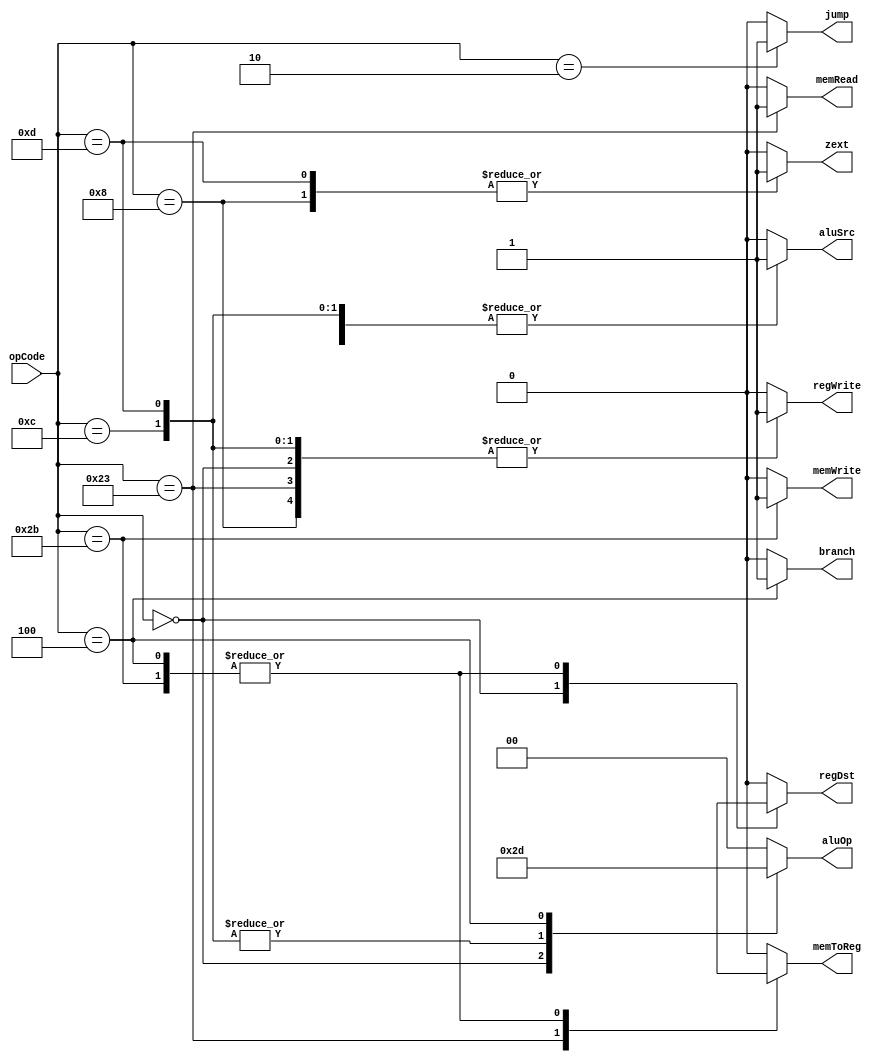
`timescale 1ns / 1ps
//////////////////////////////////////////////////////////////////////////////////
// Company: 
// Engineer: 
// 
// Design Name: 
// Module Name: Ctr
// Project Name: 
// Target Devices: 
// Tool Versions: 
// Description: 
// 
// Dependencies: 
// 
// Revision:
// Revision 0.01 - File Created
// Additional Comments:
// 
//////////////////////////////////////////////////////////////////////////////////


module Ctr(
    input [5:0] opCode,
    output reg regDst,
    output reg aluSrc,
    output reg memToReg,
    output reg regWrite,
    output reg memRead,
    output reg memWrite,
    output reg branch,
    output reg [1:0] aluOp,
    output reg jump,
    output reg zext//0
    );
    
    
    always @(opCode)
    begin
        case(opCode)
        6'b000000: //R type
        begin
            regDst = 1;
            aluSrc = 0;
            memToReg = 0;
            regWrite = 1;
            memRead = 0;
            memWrite = 0;
            branch = 0;
            aluOp = 2'b10;
            jump = 0;
            zext = 0;
        end
        
        6'b001000: //addi
        begin
            regDst = 0;
            aluSrc = 1;
            memToReg = 0;
            regWrite = 1;
            memRead = 0;
            memWrite = 0;
            branch = 0;
            aluOp = 2'b00;
            jump = 0;
            zext = 1;
        end
        
        6'b001100: //andi
        begin
            regDst = 0;
            aluSrc = 1;
            memToReg = 0;
            regWrite = 1;
            memRead = 0;
            memWrite = 0;
            branch = 0;
            aluOp = 2'b11;
            jump = 0;
            zext = 0;
        end
        
        6'b001101: //ori
        begin
            regDst = 0;
            aluSrc = 1;
            memToReg = 0;
            regWrite = 1;
            memRead = 0;
            memWrite = 0;
            branch = 0;
            aluOp = 2'b11;
            jump = 0;
            zext = 1;
        end
        
        6'b100011: //lw
        begin
            regDst = 0;
            aluSrc = 1;
            memToReg = 1;
            regWrite = 1;
            memRead = 1;
            memWrite = 0;
            branch = 0;
            aluOp = 2'b00;
            jump = 0;
            zext = 0;
        end
        
        6'b101011: //sw
        begin
            regDst = 1'bx;
            aluSrc = 1;
            memToReg = 1'bx;
            regWrite = 0;
            memRead = 0;
            memWrite = 1;
            branch = 0;
            aluOp = 2'b00;
            jump = 0;
            zext = 0;
        end
        
        6'b000100: //beq
        begin
            regDst = 1'bx;
            aluSrc = 0;
            memToReg = 1'bx;
            regWrite = 0;
            memRead = 0;
            memWrite = 0;
            branch = 1;
            aluOp = 2'b01;
            jump = 0;
            zext = 0;
        end
        
        6'b000010: //jmp
        begin
            regDst = 0;
            aluSrc = 0;
            memToReg = 0;
            regWrite = 0;
            memRead = 0;
            memWrite = 0;
            branch = 0;
            aluOp = 2'b00;
            jump = 1;
            zext = 0;
        end
        
        default:
        begin
            regDst = 0;
            aluSrc = 0;
            memToReg = 0;
            regWrite = 0;
            memRead = 0;
            memWrite = 0;
            branch = 0;
            aluOp = 2'b00;
            jump = 0;
            zext = 0;
        end
    endcase   
    end
endmodule